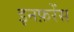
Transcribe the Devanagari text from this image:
इनफ़रेंस